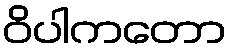
ဝိပါကတော